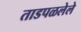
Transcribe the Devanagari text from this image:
ताडपळलेले